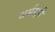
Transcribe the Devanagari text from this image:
धर्मरक्षी